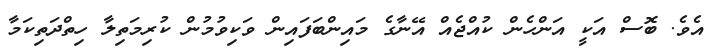
އެވެ. ބޮސް އަކީ އަންހެން ކުއްޖެއް އޭނާގެ މައިންބަފައިން ވަކިވުމުން ކުރިމަތިލާ ހިތްދަތިކަމާ